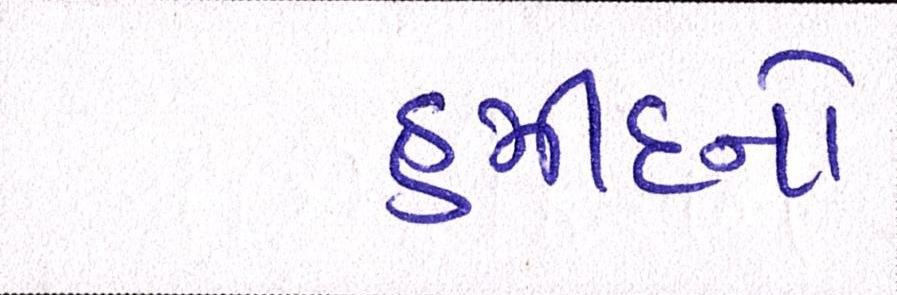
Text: હમીદનો